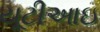
યૂટીઆઇ